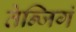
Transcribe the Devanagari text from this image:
तेन्जिगं